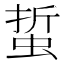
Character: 蜇